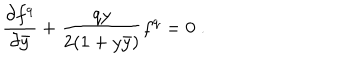
{ \frac { \partial f ^ { q } } { \partial \bar { y } } } + { \frac { q y } { 2 ( 1 + y \bar { y } ) } } f ^ { q } = 0 \; .